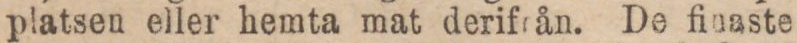
platsen eller hemta mat derifrån. De finaste